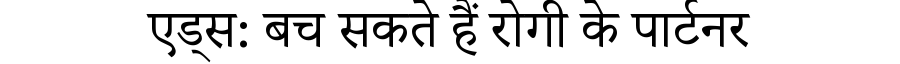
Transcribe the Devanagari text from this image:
एड्स: बच सकते हैं रोगी के पार्टनर